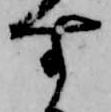
す